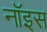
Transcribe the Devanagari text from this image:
नॉइस